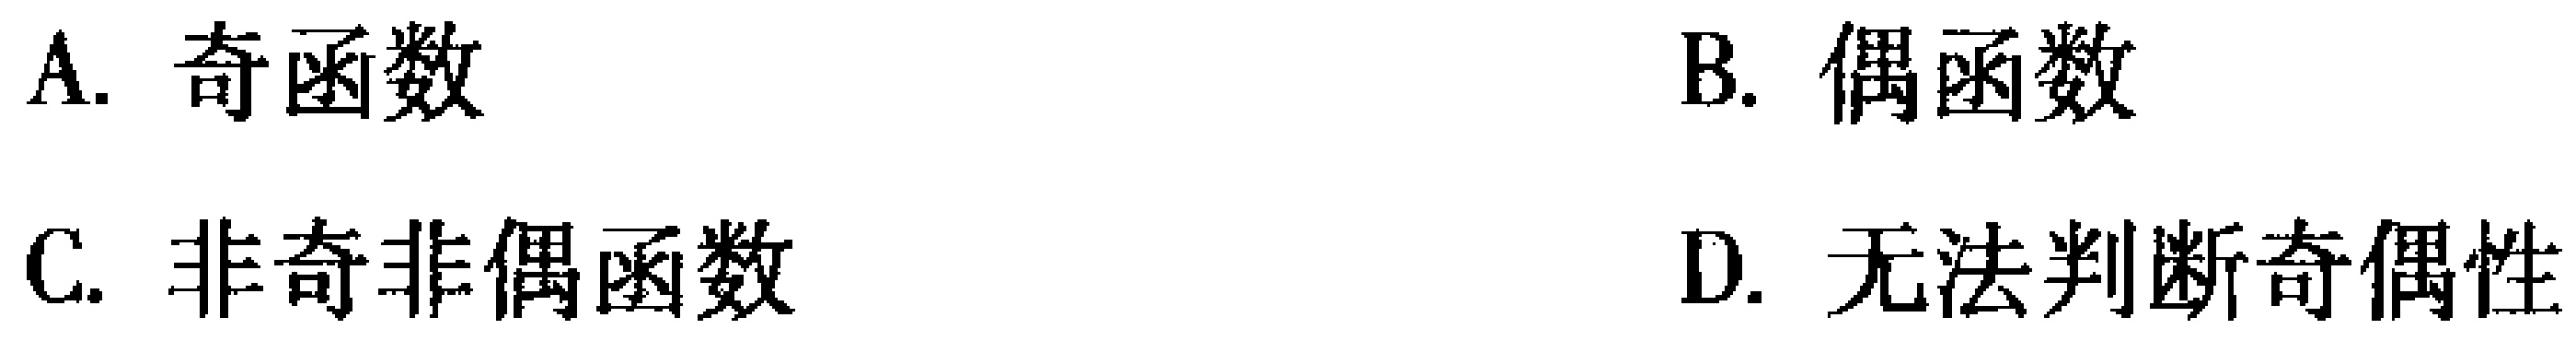
A. 奇函数
B. 偶函数
C. 非奇非偶函数
D. 无法判断奇偶性